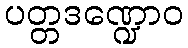
ပတ္တဒဏ္ဍောဝ